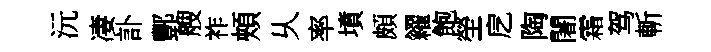
沅凄訃酆艘祚頰乆率墳頗糴飽塋戹陶闍霜驾斬